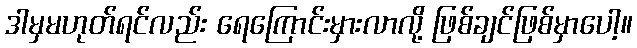
ဒါမှမဟုတ်ရင်လည်း ရေကြောင်းမှားလာလို့ ဖြစ်ချင်ဖြစ်မှာပေါ့။